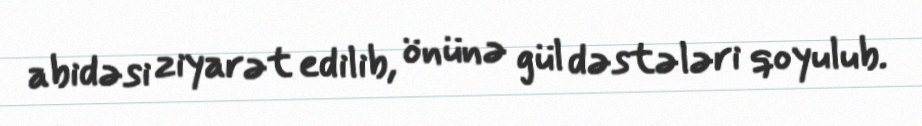
abidəsi ziyarət edilib, önünə gül dəstələri qoyulub.